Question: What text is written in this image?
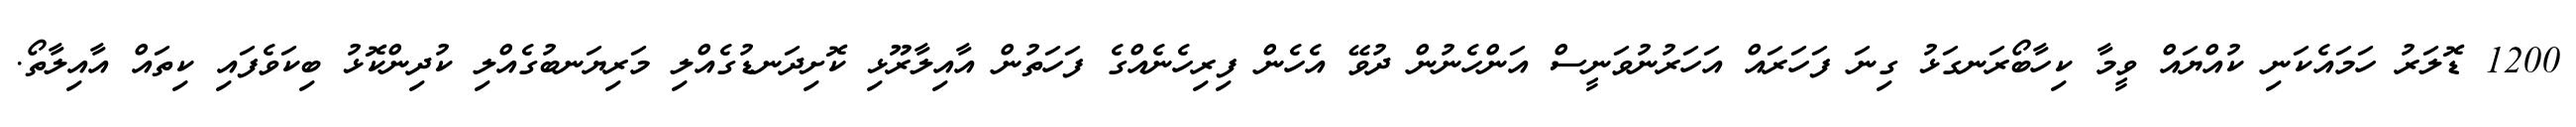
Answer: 1200 ޑޮލަރު ހަމައެކަނި ކުއްޔައް ވީމާ ކިހާބޯރަނގަޅު ގިނަ ފަހަރައް އަހަރުނުވަނީސް އަންހެނުން ދުވޭ އެހެން ފިރިހެނެއްގެ ފަހަތުން އާއިލާރޫޅި ކޮށިދަނޑުގެއްލި މަރިޔަނބުގެއްލި ކުދިންކޮޅު ބިކަވެފައި ކިތައް އާއިލާތޯ.